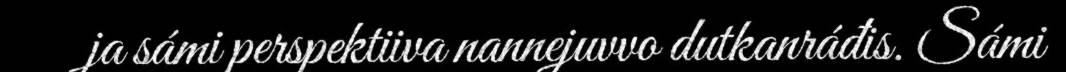
ja sámi perspektiiva nannejuvvo dutkanráđis. Sámi